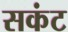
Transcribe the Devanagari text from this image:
सकंट